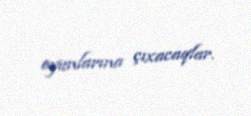
oyunlarına çıxacaqlar.